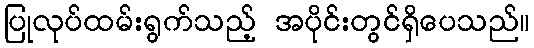
ပြုလုပ်ထမ်းရွက်သည့် အပိုင်းတွင်ရှိပေသည်။